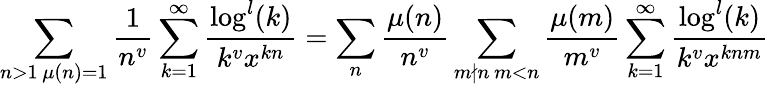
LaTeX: \sum_{\substack{n>1\, \mu(n)=1}}\frac{1}{n^{v}}\sum_{k=1}^{\infty}\frac{\log^{l}(k)}{k^{v}x^{kn}}=\sum_{n}\frac{\mu(n)}{n^{v}}\sum_{\substack{m\nmid n\, m<n}}\frac{\mu(m)}{m^{v}}\sum_{k=1}^{\infty}\frac{\log^{l}(k)}{k^{v}x^{knm}}